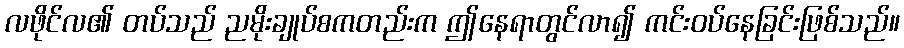
လဖိုင်လ၏ တပ်သည် ညမိုးချုပ်စကတည်းက ဤနေရာတွင်လာ၍ ကင်းဝပ်နေခြင်းဖြစ်သည်။